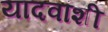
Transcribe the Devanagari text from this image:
यादवांशी